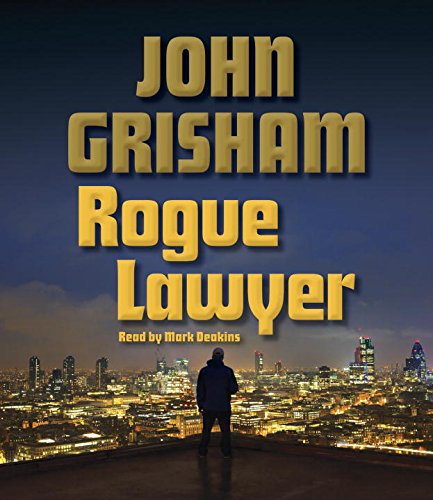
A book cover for Rogue Lawyer; John Grisham; Mystery, Thriller & Suspense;